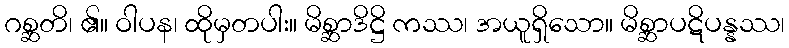
ဂစ္ဆတိ၊ ၏။ ဝါပန၊ ထိုမှတပါး။ မိစ္ဆာဒိဋ္ဌိ ကဿ၊ အယူရှိသော။ မိစ္ဆာပဋိပန္နဿ၊